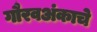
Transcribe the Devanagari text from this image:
गौरवअंकाचे